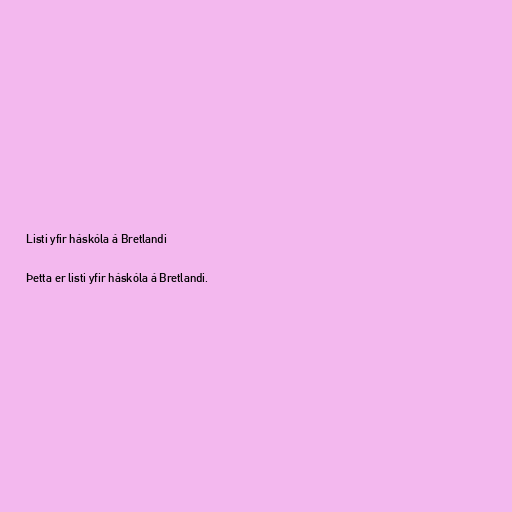
Listi yfir háskóla á Bretlandi

Þetta er listi yfir háskóla á Bretlandi.